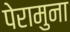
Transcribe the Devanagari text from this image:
पेरामुना